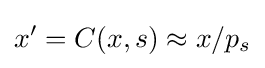
x'=C(x,s)\approx x/p_{s}